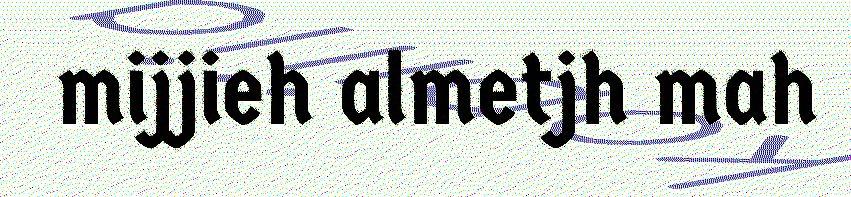
mijjieh almetjh mah